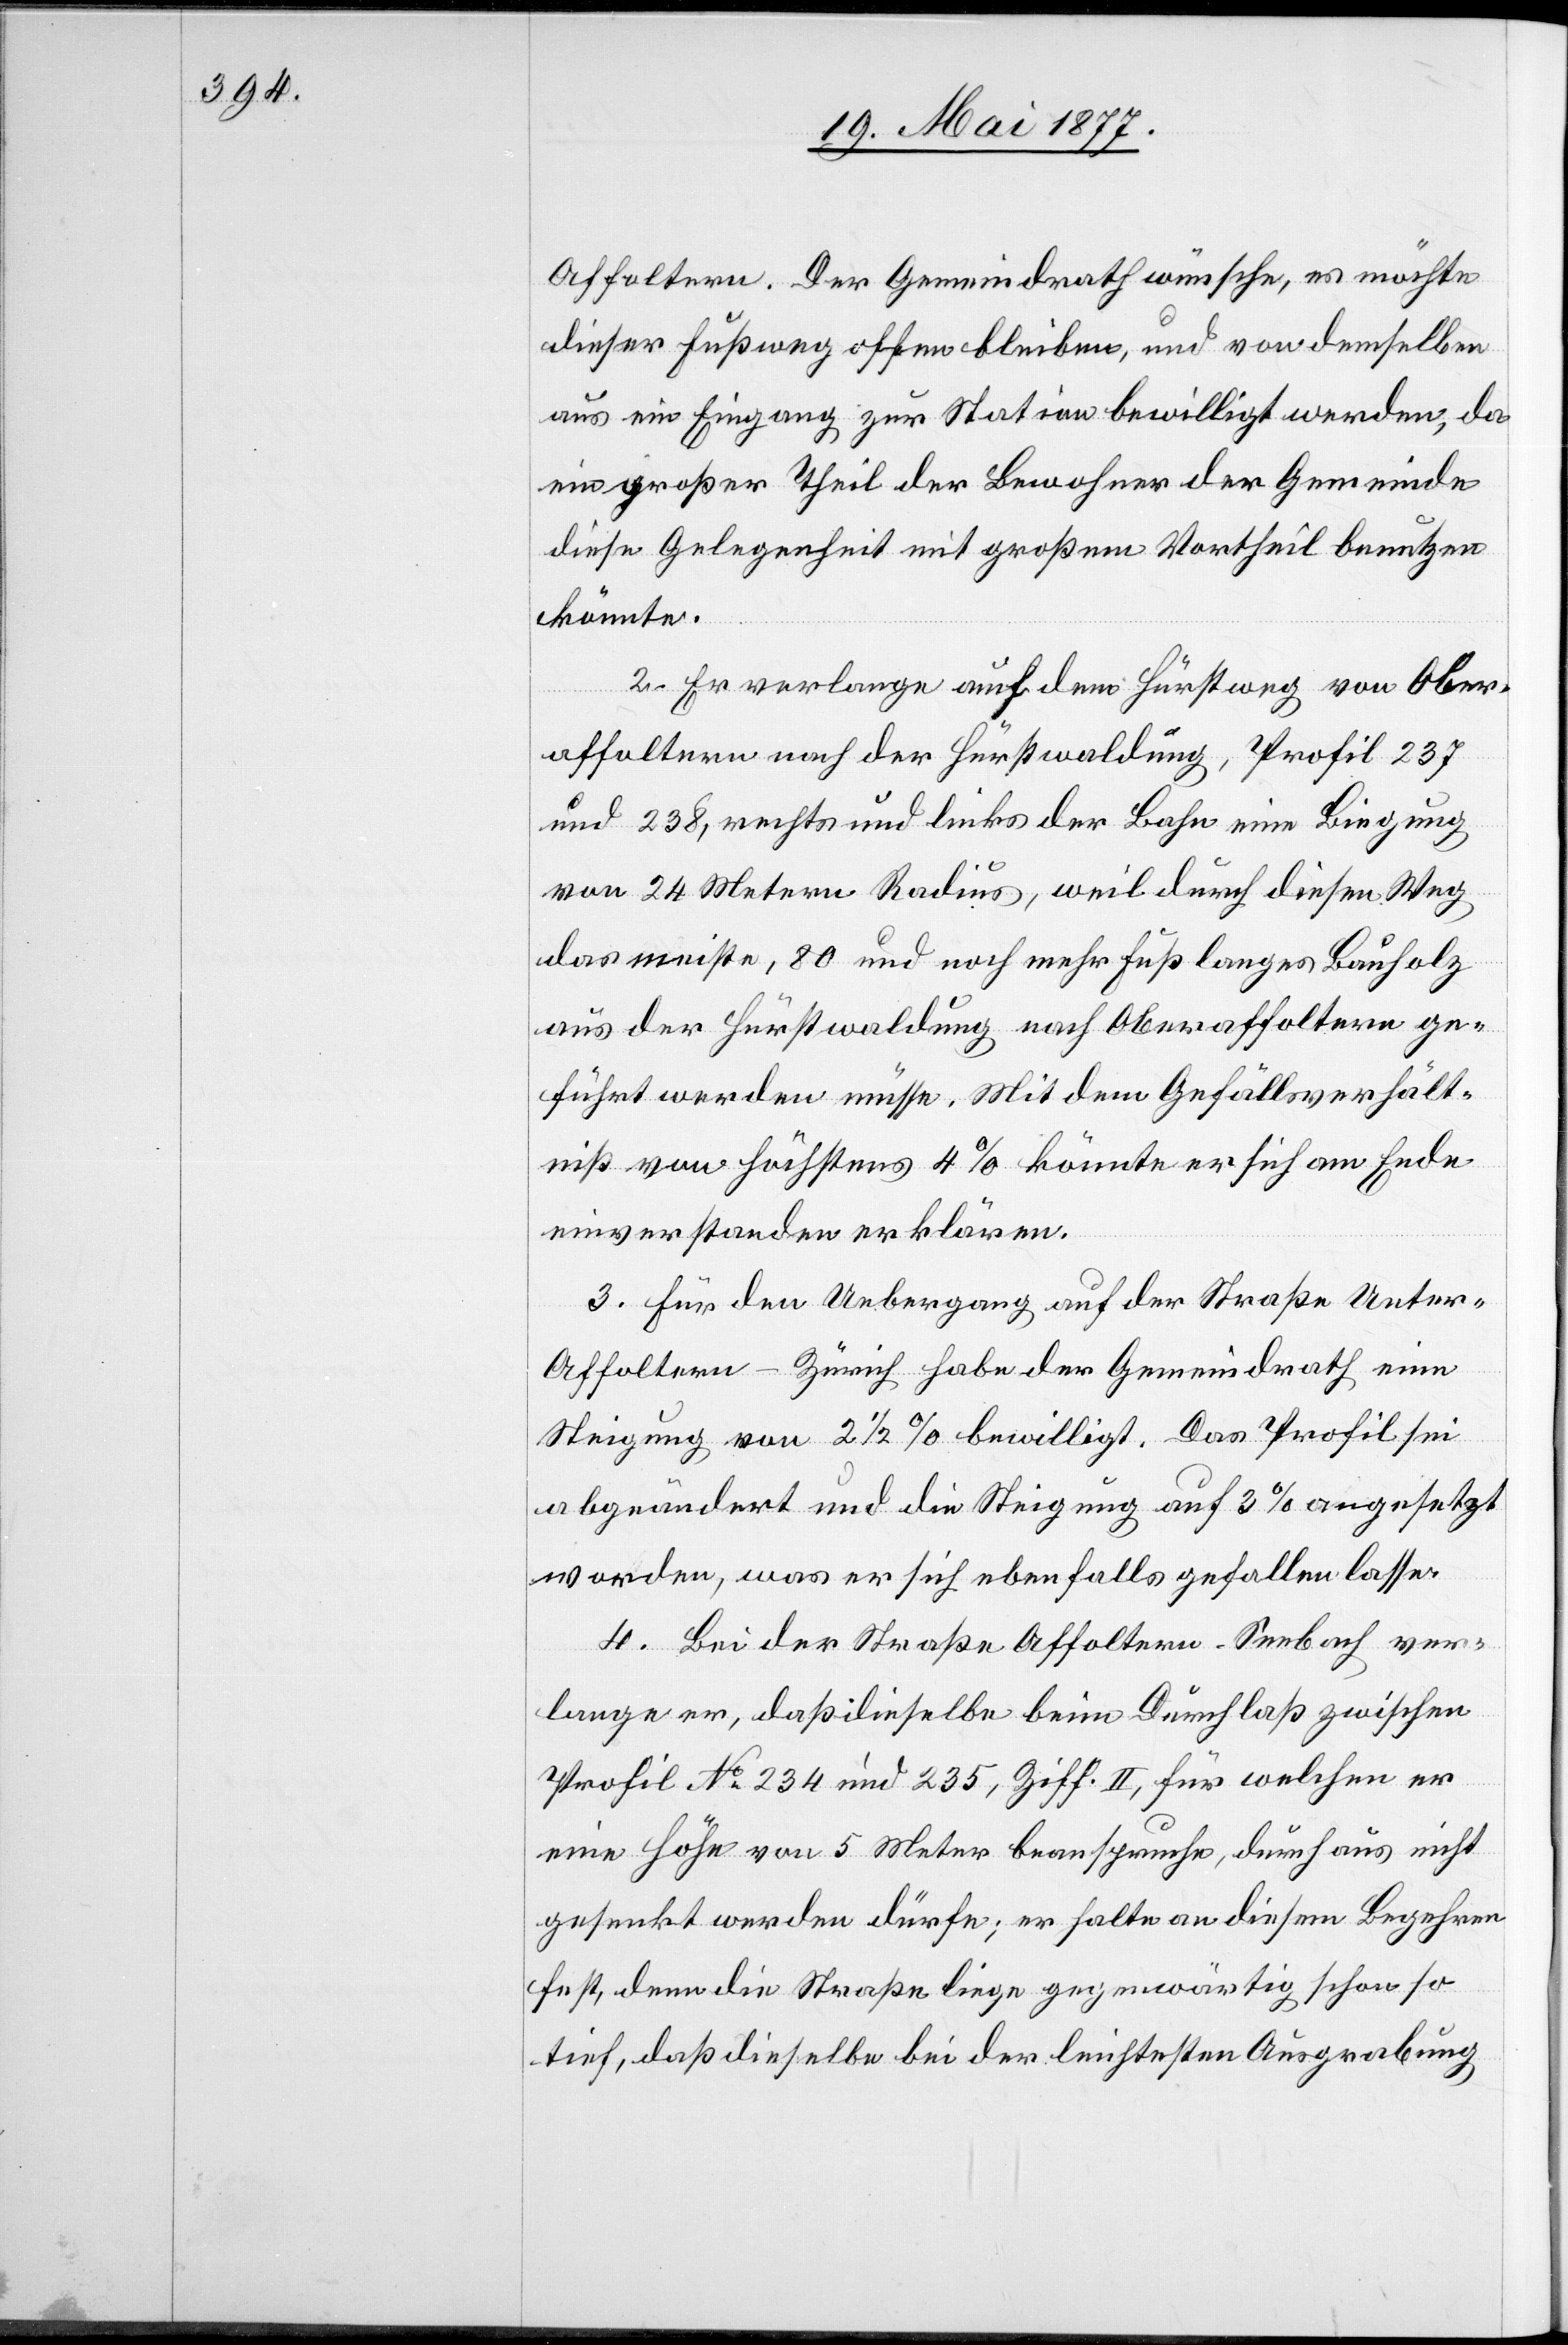
Affoltern. Der Gemeindrath wünsche, es möchte
dieser Fußweg offen bleiben, und von demselben
aus ein Eingang zur Station bewilligt werden, da
ein großer Theil der Bewohner der Gemeinde
diese Gelegenheit mit großem Vortheil benutzen
könnte.
2. Er verlange auf dem Fürstweg von Ober¬
affoltern nach der Fürstwaldung, Profil 237
und 238, rechts und links der Bahn eine Biegung
von 24 Metern Radius, weil durch diesen Weg
das meiste, 80 und noch mehr Fuß langes [recte:
aus der Fürstwaldung nach Oberaffoltern ge¬
führt werden müsse. Mit dem Gefällsverhält¬
niß von höchstens 4% könne er sich am Ende
einverstanden erklären.
3. Für den Uebergang auf der Straße Unter-A¬
ffoltern–Zürich habe der Gemeindrath eine
Steigung von 2 1/2% bewilligt. Das Profil sei
abgeändert und die Steigung auf 3% angesetzt
worden, was er sich ebenfalls gefallen lasse.
4. Bei der Straße Affoltern–Seebach ver¬
lange er, daß dieselbe beim Durchlaß zwischen
Profil No 234 und 235, Ziff. II, für welchen er
eine Höhe von 5 Meter beanspruche, durchaus nicht
gesenkt werden dürfe; er halte an diesem Begehren
fest, denn die Straße liege gegenwärtig schon so
tief, daß dieselbe bei der leichtesten Ausgrabung